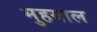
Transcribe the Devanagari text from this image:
मुहयाल